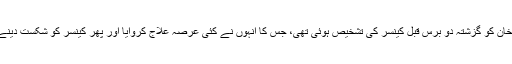
یاد رہے کہ عرفان خان کو گزشتہ دو برس قبل کینسر کی تشخیص ہوئی تھی، جس کا انہوں نے کئی عرصہ علاج کروایا اور پھر کینسر کو شکست دینے میں کامیاب رہے۔